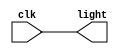
module Values(
       input clk,
       output light
      );
   
   assign light = clk;
   
endmodule

module test;

   reg clk;
   wire light;

  Values V(clk
         , light);
   always #1 clk = ~clk;
   
  initial begin
    $dumpvars(0, V);
    #0;
    clk <=  1'b1;
    #500;
    $finish;
  end
endmodule